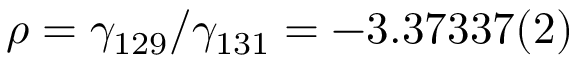
\rho = \gamma _ { 1 2 9 } / \gamma _ { 1 3 1 } = - 3 . 3 7 3 3 7 ( 2 )